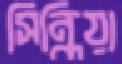
সিন্ধিয়া